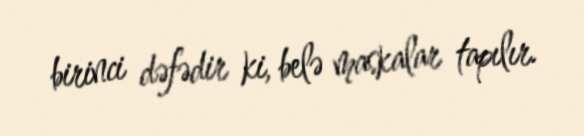
birinci dəfədir ki, belə maskalar tapılır.